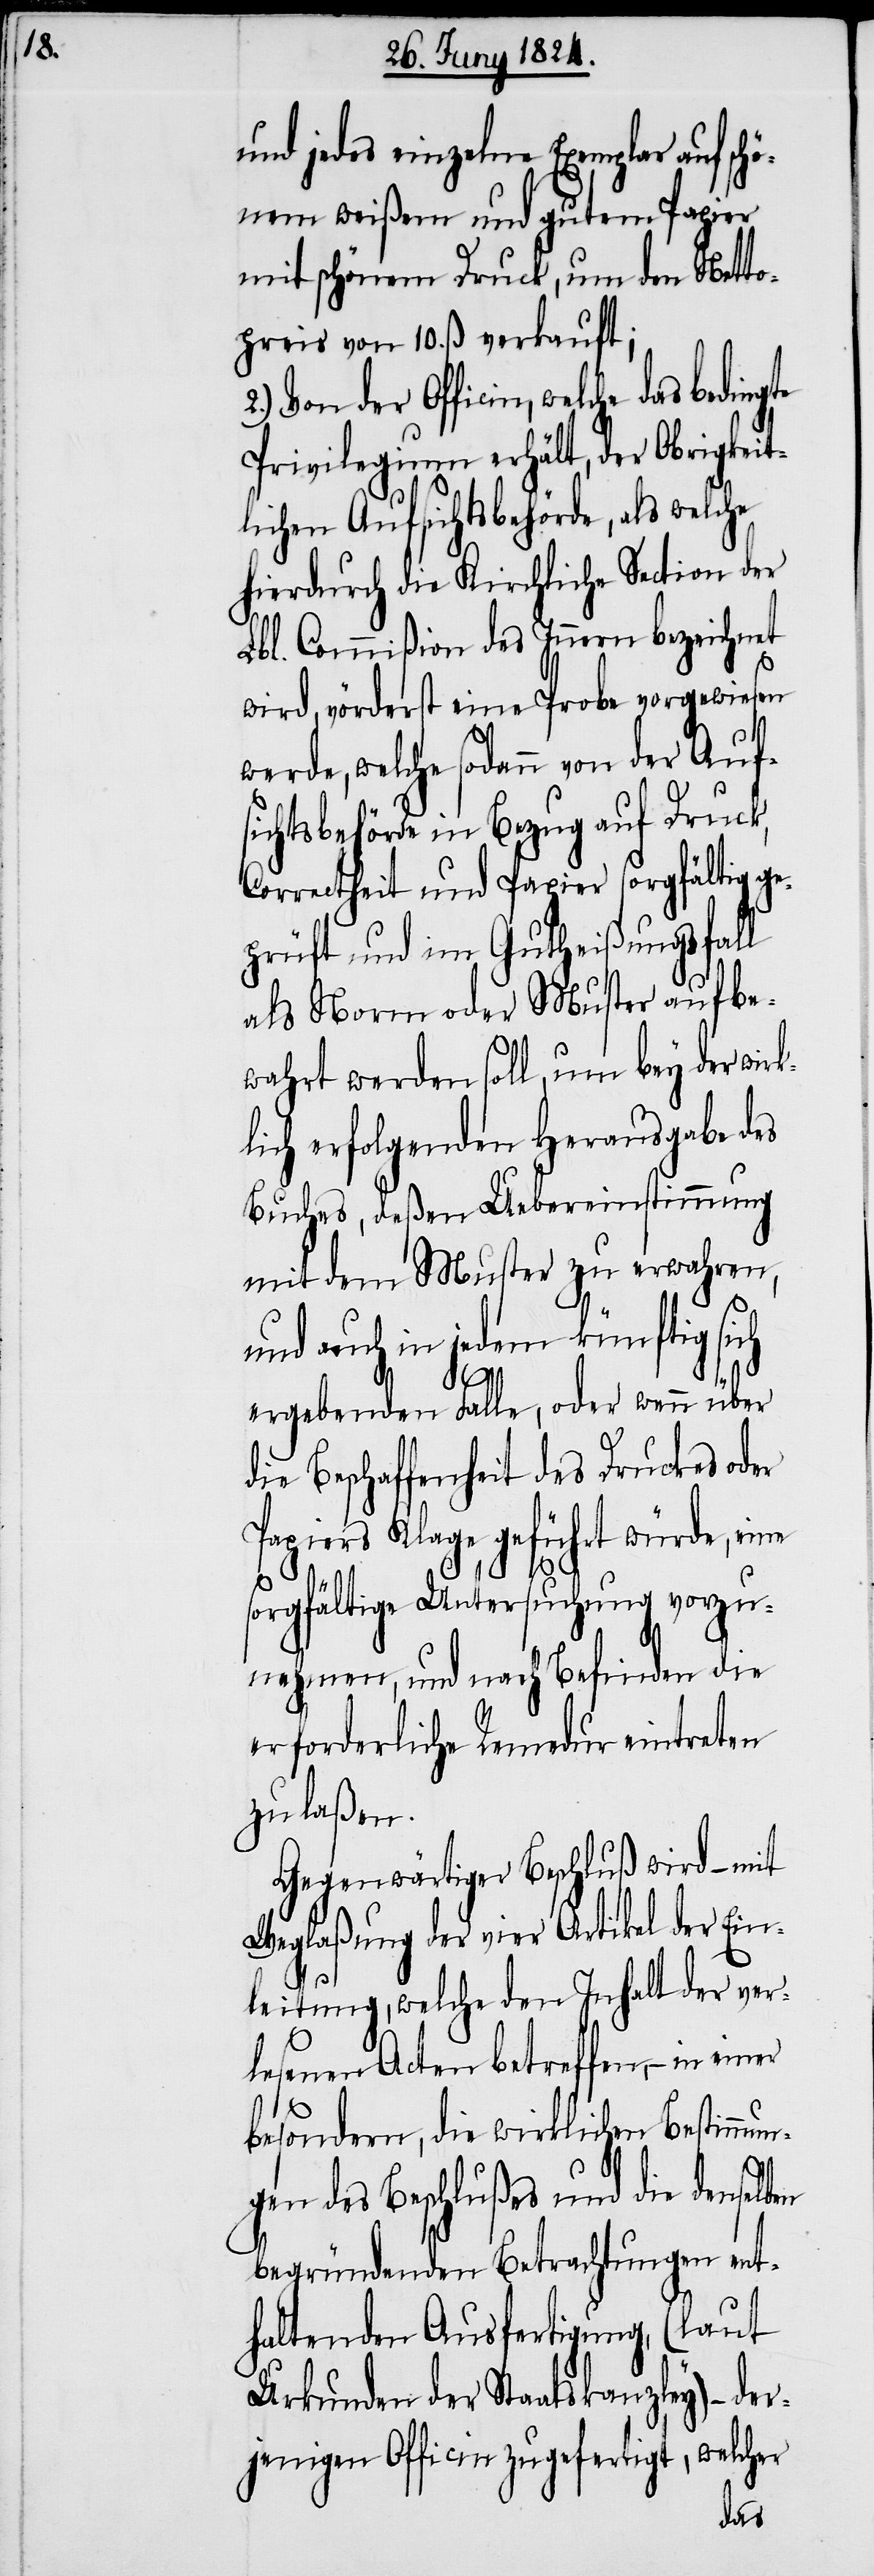
und jedes einzelne Exemplar auf sch¬
önem weißen und gutem Papier
mit schönem Druck, um den Netto¬
preis von 10. ß verkauft;
Privilegium erhält, der Obrigkeit¬
lichen Aufsichtsbehörde, als
hierdurch die Kirchliche Section der
Lbl. Commißion des Innern bezeichnet
wird, vörderst eine Probe vorgewiesen
werde, welche sodann von der Auf¬
sichtsbehörde in Bezug auf Druck,
Correctheit und Papier sorgfältig ge¬
prüft und im Gutheißungsfall
als Norm oder Muster aufbe¬
wahrt werden soll, um bey der wirk¬
lich erfolgenden Herausgabe des
Buches, deßen Uebereinstimmung
mit dem Muster zu erwahren,
und auch in jedem künftig sich
en
ergebenden Falle, oder wenn über
die Beschaffenheit des Druckes oder
Papiers Klage geführt würde, eine
sorgfältige Untersuchung vorzu¬
nehmen, und nach Befinden die
erforderliche Remedur eintreten
zu laßen.
Gegenwärtiger Beschluß wird – mit
Weglaßung der vier Artikel der Ein¬
leitung, welche den Inhalt der ver¬
lesenen Acten betreffen, – in
besondern, die wirklichen Bestimmun¬
gen des Beschlußes und die denselb¬
begründenden Betrachtungen ent¬
haltenden Ausfertigung, (laut
Urkunden der Staatskanzley) – der¬
jenigen Officin zugefertigt, welcher
das